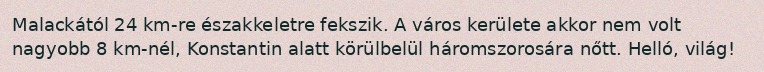
Malackától 24 km-re északkeletre fekszik. A város kerülete akkor nem volt nagyobb 8 km-nél, Konstantin alatt körülbelül háromszorosára nőtt. Helló, világ!